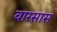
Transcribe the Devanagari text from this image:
वारसास